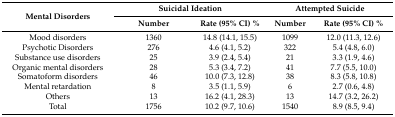
<table><thead><tr><td rowspan="2"><b>Mental Disorders</b></td><td colspan="2"><b>Suicidal Ideation</b></td><td colspan="2"><b>Attempted Suicide</b></td></tr><tr><td><b>Number</b></td><td><b>Rate (95% CI) %</b></td><td><b>Number</b></td><td><b>Rate (95% CI) %</b></td></tr></thead><tbody><tr><td>Mood disorders</td><td>1360</td><td>14.8 (14.1, 15.5)</td><td>1099</td><td>12.0 (11.3, 12.6)</td></tr><tr><td>Psychotic Disorders</td><td>276</td><td>4.6 (4.1, 5.2)</td><td>322</td><td>5.4 (4.8, 6.0)</td></tr><tr><td>Substance use disorders</td><td>25</td><td>3.9 (2.4, 5.4)</td><td>21</td><td>3.3 (1.9, 4.6)</td></tr><tr><td>Organic mental disorders</td><td>28</td><td>5.3 (3.4, 7.2)</td><td>41</td><td>7.7 (5.5, 10.0)</td></tr><tr><td>Somatoform disorders</td><td>46</td><td>10.0 (7.3, 12.8)</td><td>38</td><td>8.3 (5.8, 10.8)</td></tr><tr><td>Mental retardation</td><td>8</td><td>3.5 (1.1, 5.9)</td><td>6</td><td>2.7 (0.6, 4.8)</td></tr><tr><td>Others</td><td>13</td><td>16.2 (4.1, 28.3)</td><td>13</td><td>14.7 (3.2, 26.2)</td></tr><tr><td>Total</td><td>1756</td><td>10.2 (9.7, 10.6)</td><td>1540</td><td>8.9 (8.5, 9.4)</td></tr></tbody></table>